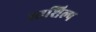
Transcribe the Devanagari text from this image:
स्‍तशिल्प